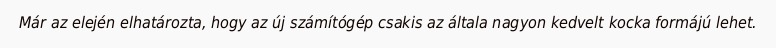
Már az elején elhatározta, hogy az új számítógép csakis az általa nagyon kedvelt kocka formájú lehet.